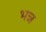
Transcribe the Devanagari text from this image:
भन्न